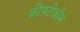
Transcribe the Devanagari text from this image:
क्रीपटोक्रोम